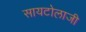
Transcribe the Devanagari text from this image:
सायटोलाजी